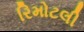
રિમોટલી